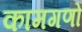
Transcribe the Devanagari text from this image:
कामगणों